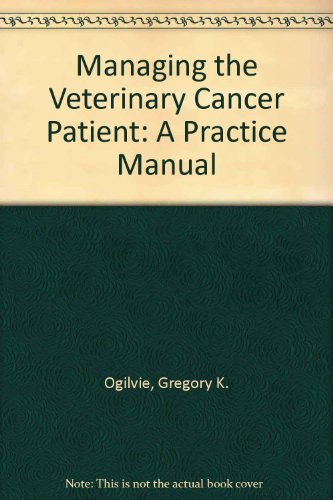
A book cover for Managing the Veterinary Cancer Patient: A Practice Manual; Gregory K. Ogilvie; Medical Books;